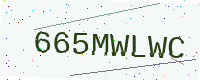
Text: 665MWLWC